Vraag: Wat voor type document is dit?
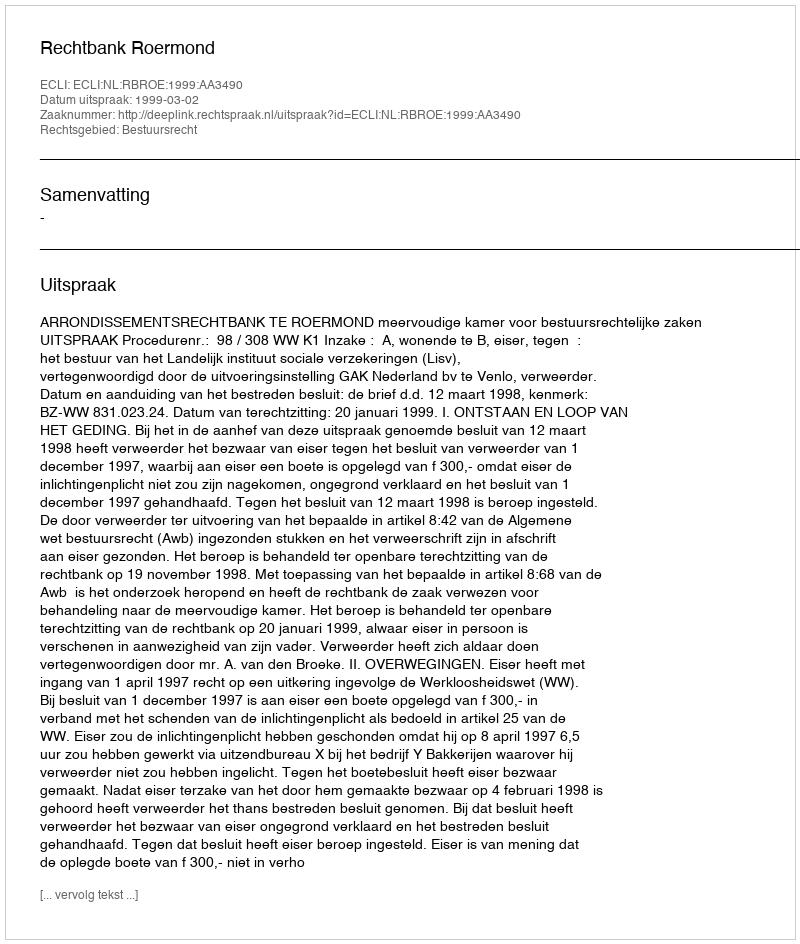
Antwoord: Uitspraak